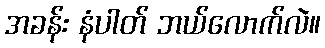
အခန်း နံပါတ် ဘယ်လောက်လဲ။